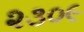
૨૩૦૯